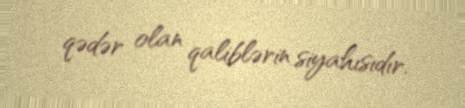
qədər olan qaliblərin siyahısıdır.